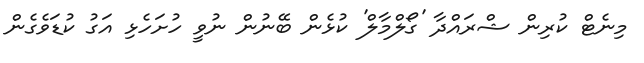
މިނެޓް ކުރިން ޝްރައްދާ 'ގޯލްމާލް' ކުޅެން ބޭނުން ނުވީ ހުށަހެޅި އަގު ކުޑަވެގެން